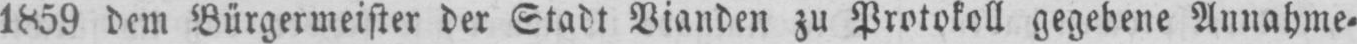
1859 dem Bürgermeister der Stadt Vianden zu Protokoll gegebene Annahme⸗